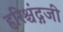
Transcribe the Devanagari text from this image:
हरिश्चंद्गजी